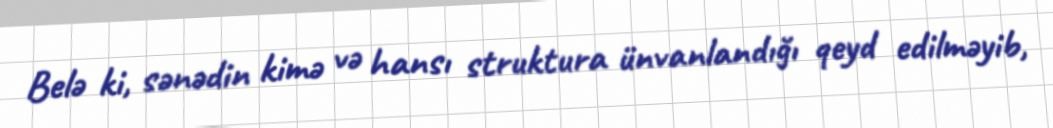
Belə ki, sənədin kimə və hansı struktura ünvanlandığı qeyd edilməyib,